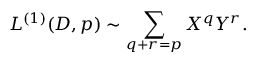
{ \cal L } ^ { ( 1 ) } ( D , p ) \sim \sum _ { q + r = p } X ^ { q } Y ^ { r } .